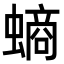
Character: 螪